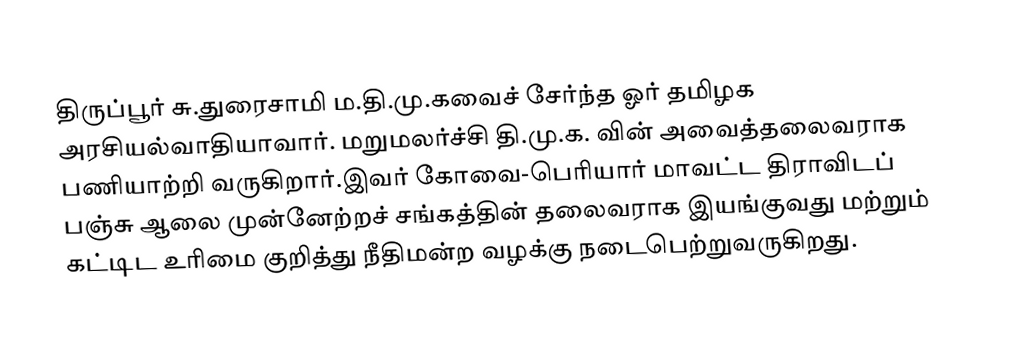
திருப்பூர் சு.துரைசாமி ம.தி.மு.கவைச் சேர்ந்த ஓர் தமிழக அரசியல்வாதியாவார். மறுமலர்ச்சி தி.மு.க. வின் அவைத்தலைவராக பணியாற்றி வருகிறார்.இவர் கோவை-பெரியார் மாவட்ட திராவிடப் பஞ்சு ஆலை முன்னேற்றச் சங்கத்தின் தலைவராக இயங்குவது மற்றும் கட்டிட உரிமை குறித்து நீதிமன்ற வழக்கு நடைபெற்றுவருகிறது.